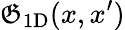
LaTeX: \mathfrak{G}_{\mathrm{{1D}}}(x,x^{\prime})